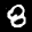
Label: 8